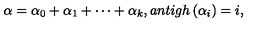
\alpha = \alpha _ { 0 } + \alpha _ { 1 } + \cdots + \alpha _ { k } , a n t i g h \left( \alpha _ { i } \right) = i ,